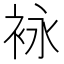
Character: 𰳶